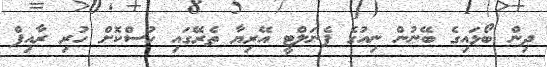
ދިން ބޯޅައިގެ ބޭނުން ނިއުގެ ޕެނަލްޓީ އޭރިޔާ ތެރޭގައި ހުސްކޮށް ހުރި ރާއިފް